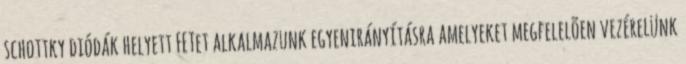
schottky diódák helyett FETet alkalmazunk egyenirányításra amelyeket megfelelõen vezérelünk